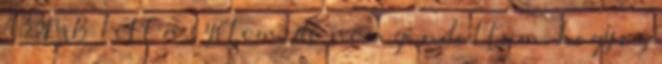
433MB lett a system, de nem gondoltam, hogy ez